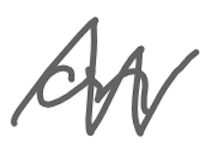
Text: on
Cross-out: zig-zag
Writing tool: digital_gray